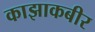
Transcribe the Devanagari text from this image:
काझाकबीर